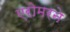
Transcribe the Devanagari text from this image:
एरोमरने